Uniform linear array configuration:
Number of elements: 16
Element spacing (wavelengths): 1
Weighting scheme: kaiser
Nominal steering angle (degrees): -60
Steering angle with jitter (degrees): -59.498
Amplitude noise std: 0.05
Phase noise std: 0.05

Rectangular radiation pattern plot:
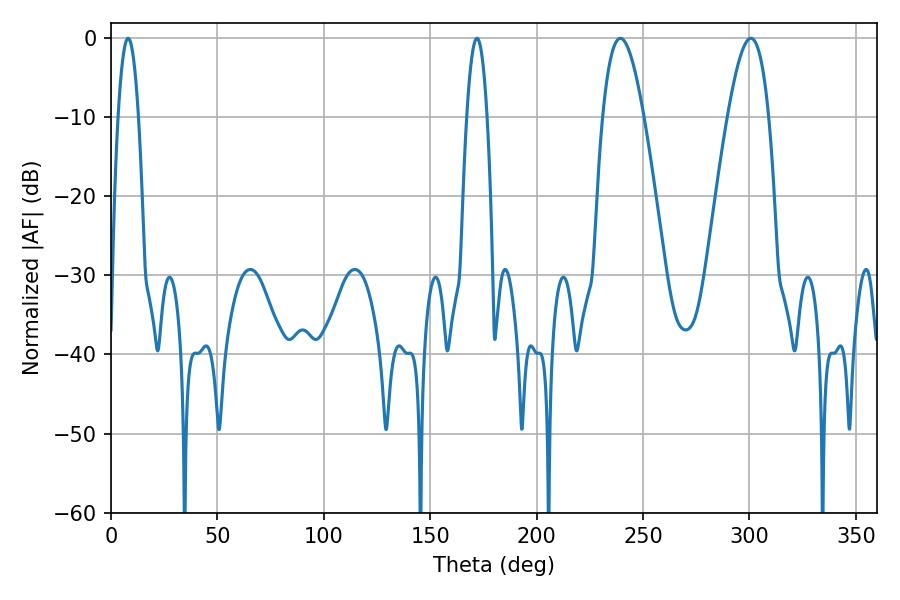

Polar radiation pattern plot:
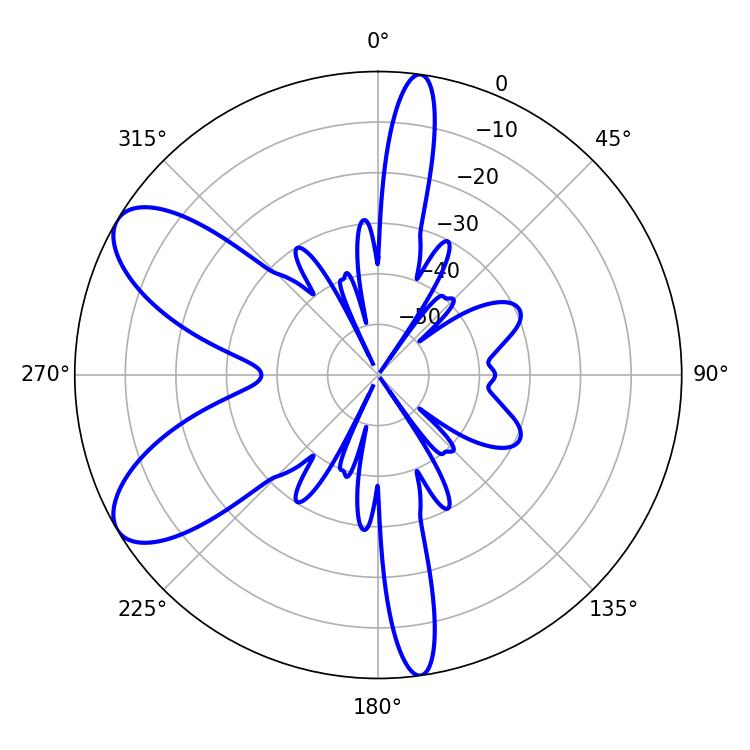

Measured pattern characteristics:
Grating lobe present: TRUE
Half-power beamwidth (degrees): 10.44
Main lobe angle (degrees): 300.6